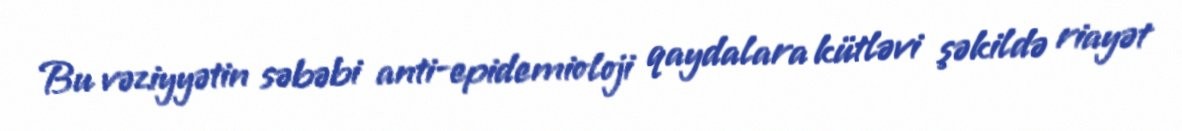
Bu vəziyyətin səbəbi anti-epidemioloji qaydalara kütləvi şəkildə riayət